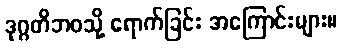
ဒုဂ္ဂတိဘဝသို့ ရောက်ခြင်း အကြောင်းများ။